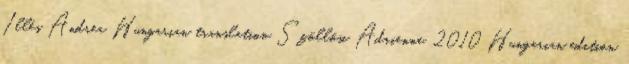
Illés Andrea Hungarian translation Szöllősi Adrienne, 2010 Hungarian edition